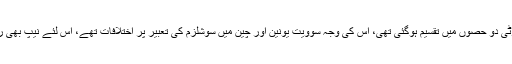
اس مرحلے پر پہنچتے پہنچتے نیشنل عوامی پارٹی دو حصوں میں تقسیم ہوگئی تھی، اس کی وجہ سوویت یونین اور چین میں سوشلزم کی تعبیر پر اختلافات تھے، اس لئے نیپ بھی روس نواز اور چین نواز دھڑوں میں تقسیم ہوگئی۔